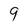
Character: 9